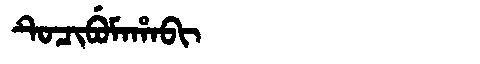
Manchu: ᡨᡠᠴᡳᠪᡠᠮᠠᡥᠠᠪᡳ
Romanization: TUCIBUMAHABI